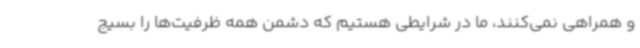
و همراهی نمی‌کنند، ما در شرایطی هستیم که دشمن همه ظرفیت‌ها را بسیج